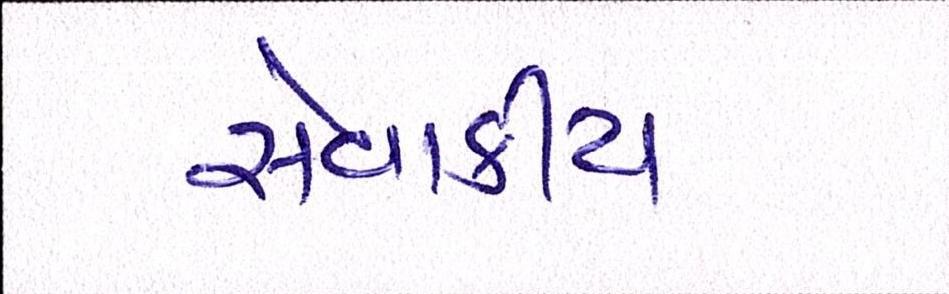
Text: સેવાકીય